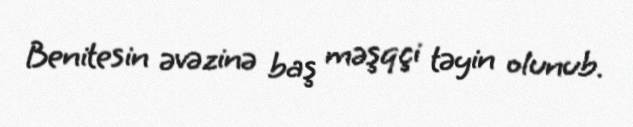
Benitesin əvəzinə baş məşqçi təyin olunub.